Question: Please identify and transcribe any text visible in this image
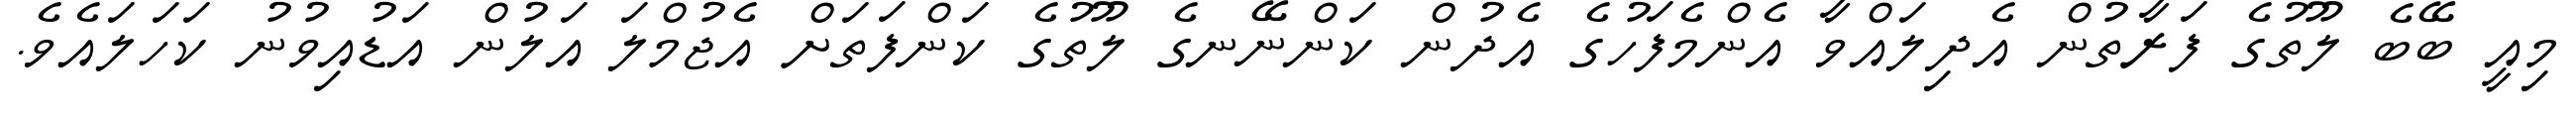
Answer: މިއީ ބޭބެ ލޫތުގެ ފަރާތުން އެދިލައްވާ އެންމެފަހުގެ އެދުން ކަންނޭނގެ ލޫތުގެ ކަންފަތަށް އެޖުމްލަ އަލުން އަޑުއިވުނު ކަހަލައެވެ.